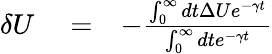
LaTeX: \begin{array}{rlr}{\delta U}&{{}=}&{-\frac{\int_{0}^{\infty}dt\Delta Ue^{-\gamma t}}{\int_{0}^{\infty}dte^{-\gamma t}}}\end{array}